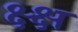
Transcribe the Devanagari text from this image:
क्ष्क्ष